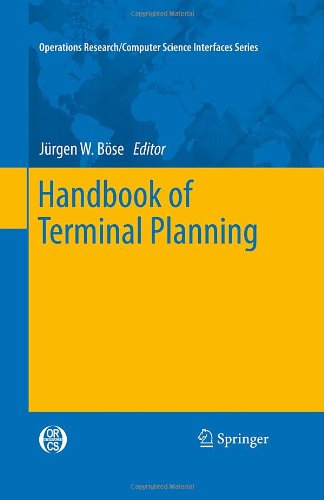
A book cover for Handbook of Terminal Planning (Operations Research/Computer Science Interfaces Series); Business & Money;